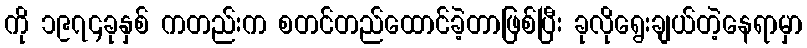
ကို ၁၉၇၄ခုနှစ် ကတည်းက စတင်တည်ထောင်ခဲ့တာဖြစ်ပြီး ခုလိုရွေးချယ်တဲ့နေရာမှာ